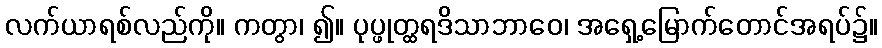
လက်ယာရစ်လည်ကို။ ကတွာ၊ ၍။ ပုပ္ဖုတ္ထရဒိသာဘာဝေ၊ အရှေ့မြောက်တောင်အရပ်၌။